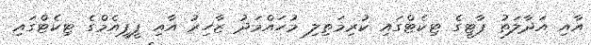
އާއި އަދާލަތު ޕާޓީގެ ޓިކެޓްގައި ކުރިމަތިލި މުހައްމަދު ޒާހިރު އާއި ޕީޕީއެމްގެ ޓިކެޓްގައި